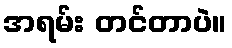
အရမ်း တင်တာပဲ။